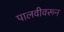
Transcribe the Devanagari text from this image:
पालवीवरून